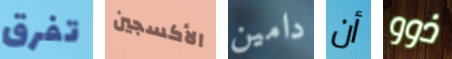
تفرق الأكسجين دامين أن ذوو